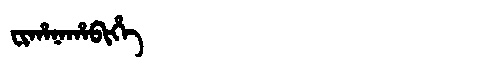
Manchu: ᠸᡳᡥᠠᠨᠠᡥᠠᠪᡳᡥᡝ
Romanization: FIHANAHABIHE